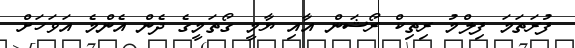
ފުރަތަމަ ފިލްމު ރިތިކް ރޯޝަން އާއި ޔާމީ ގޯތަމީގެ ދެން އެންމެ އަވަހަށް